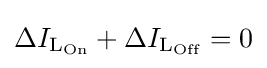
\Delta I_{{\text{L}}_{\text{On}}}+\Delta I_{{\text{L}}_{\text{Off}}}=0